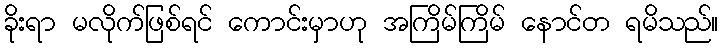
ခိုးရာ မလိုက်ဖြစ်ရင် ကောင်းမှာဟု အကြိမ်ကြိမ် နောင်တ ရမိသည်။